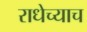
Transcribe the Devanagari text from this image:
राधेच्याच